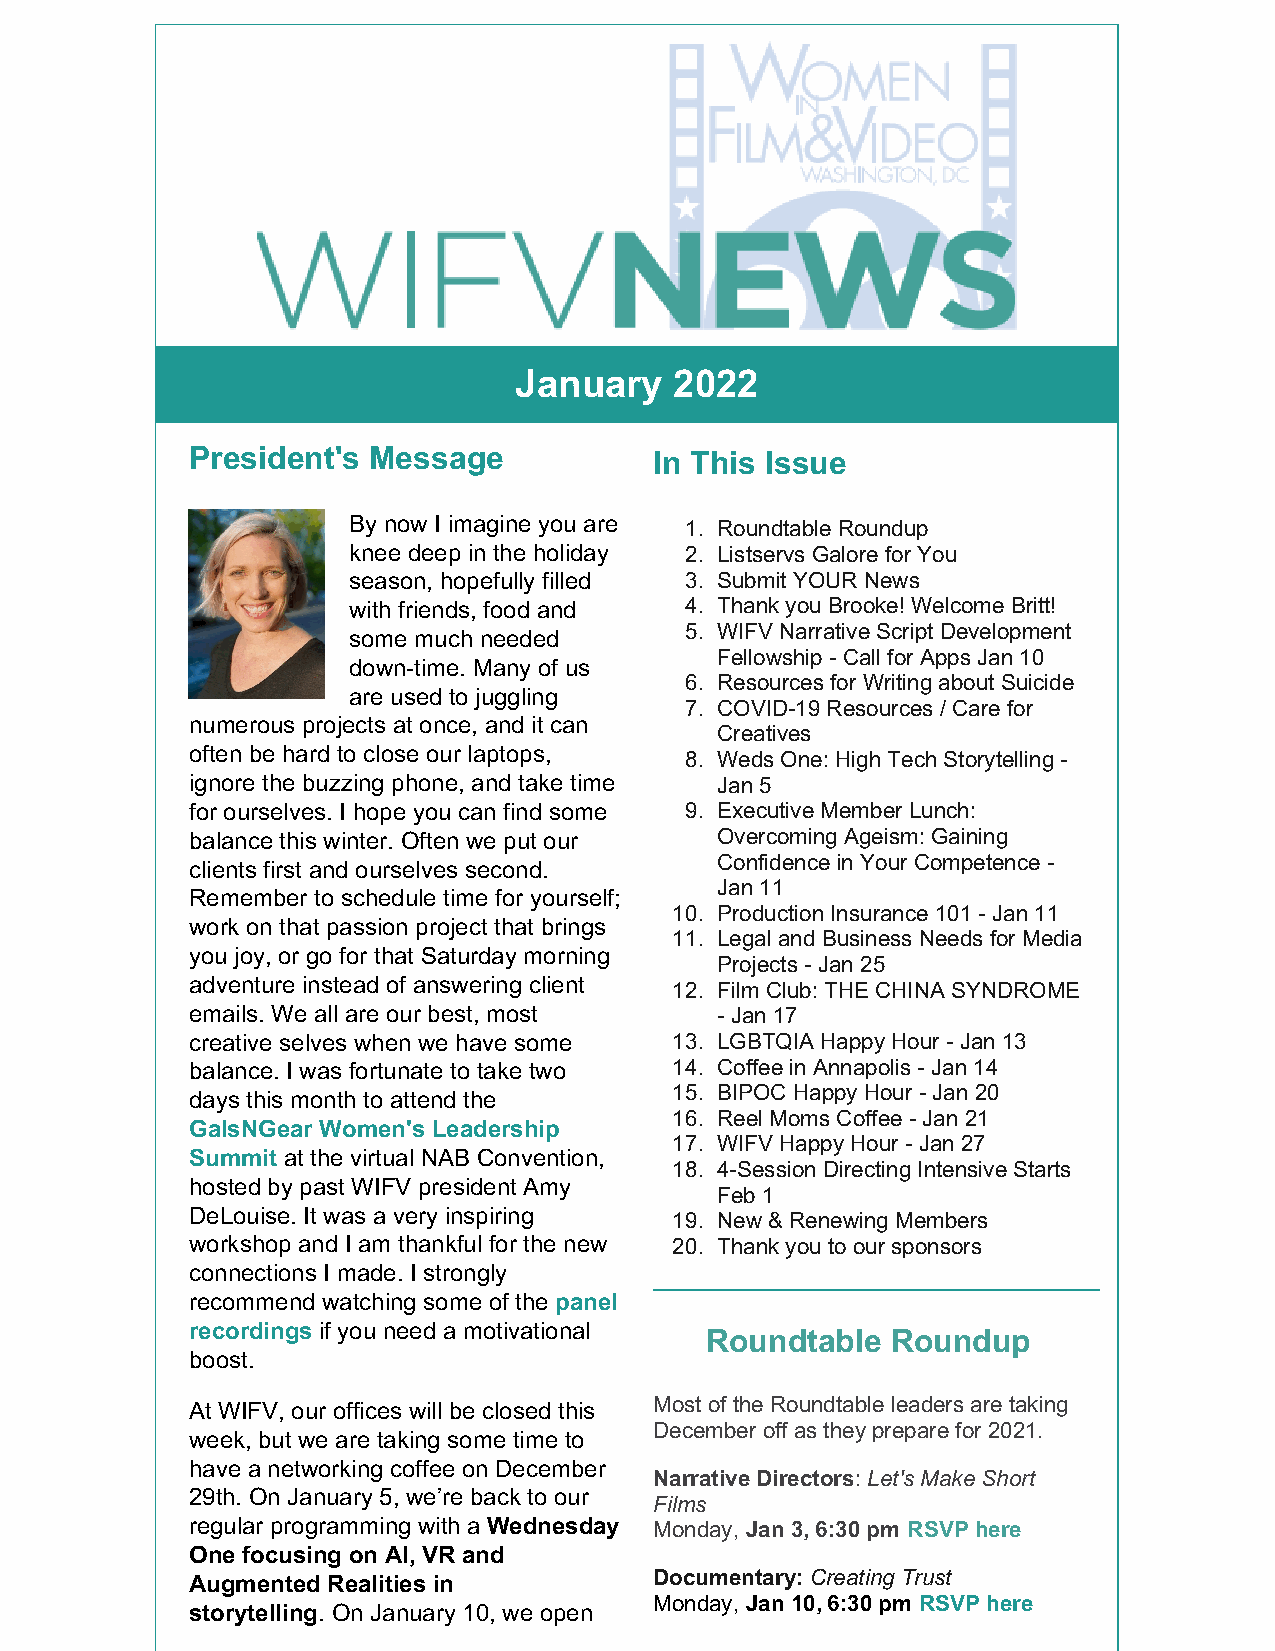
January    2022
 President's Message           In This Issue
 By now I imagine you are 1. Roundtable Roundup
 knee deep in the holiday 2. Listservs Galore for You
 season, hopefully filled 3. Submit YOUR News
 with friends, food and 4. Thank you Brooke! Welcome Britt!
 5. WIFV Narrative Script Development
 some much needed
 Fellowship - Call for Apps Jan 10
 down-time. Many of us
 6. Resources for Writing about Suicide
 are used to juggling
 7. COVID-19 Resources / Care for
 numerous projects at once, and it can
 Creatives
 often be hard to close our laptops, 8. Weds One: High Tech Storytelling -
 ignore the buzzing phone, and take time Jan 5
 for ourselves. I hope you can find some 9. Executive Member Lunch:
 balance this winter. Often we put our Overcoming Ageism: Gaining
 Confidence in Your Competence -
 clients first and ourselves second.
 Jan 11
 Remember to schedule time for yourself;
 10. Production Insurance 101 - Jan 11
 work on that passion project that brings
 11. Legal and Business Needs for Media
 you joy, or go for that Saturday morning
 Projects - Jan 25
 adventure instead of answering client 12. Film Club: THE CHINA SYNDROME
 emails. We all are our best, most - Jan 17
 creative selves when we have some 13. LGBTQIA Happy Hour - Jan 13
 balance. I was fortunate to take two 14. Coffee in Annapolis - Jan 14
 15. BIPOC Happy Hour - Jan 20
 days this month to attend the
 16. Reel Moms Coffee - Jan 21
 GalsNGear Women's Leadership
 17. WIFV Happy Hour - Jan 27
 Summit at the virtual NAB Convention,
 18. 4-Session Directing Intensive Starts
 hosted by past WIFV president Amy
 Feb 1
 DeLouise. It was a very inspiring 19. New & Renewing Members
 workshop and I am thankful for the new 20. Thank you to our sponsors
 connections I made. I strongly
 recommend watching some of the panel
 recordings if you need a motivational
 Roundtable  Roundup
 boost.
 At WIFV, our offices will be closed this Most of the Roundtable leaders are taking
 December off as they prepare for 2021.
 week, but we are taking some time to
 have a networking coffee on December
 Narrative Directors: Let's Make Short
 29th. On January 5, we’re back to our
 Films
 regular programming with a Wednesday Monday, Jan 3, 6:30 pm RSVP here
 One focusing on AI, VR and
 Augmented Realities in        Documentary: Creating Trust
 Monday, Jan 10, 6:30 pm RSVP here
 storytelling. On January 10, we open